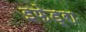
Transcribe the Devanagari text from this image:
इफेड्रा